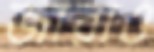
জারাও